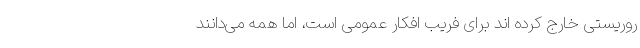
روریستی خارج کرده اند برای فریب افکار عمومی است، اما همه می‌دانند